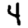
Digit: 4